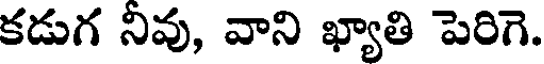
కడుగ నివు, వాని ఖ్యాతి పెరిగె.